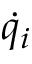
{ \dot { q } } _ { i }